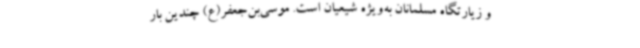
و زیارتگاه مسلمانان به‌ویژه شیعیان است. موسی‌بن‌جعفر(ع) چندین بار